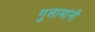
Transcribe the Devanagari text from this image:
गुलामांनी